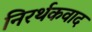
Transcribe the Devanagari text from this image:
निरर्थकवाद